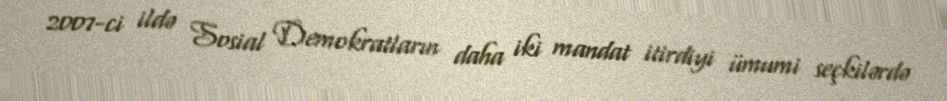
2007-ci ildə Sosial Demokratların daha iki mandat itirdiyi ümumi seçkilərdə